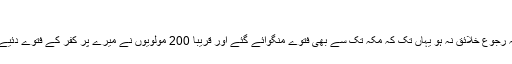
صفحہ 238)
آپؑ نے فرمایا کہ’’ہر چند مولویوں کی طرف سے روکیں ہوئیں اور انہوں نے ناخنوں تک زور لگایا کہ رجوع خلائق نہ ہو یہاں تک کہ مکہ تک سے بھی فتوے منگوائے گئے اور قریباً 200 مولویوں نے میرے پر کفر کے فتوے دئیے بلکہ واجب القتل ہونے کے بھی فتوے شائع کئے گئے لیکن وہ اپنی تمام کوششوں میں نامرادرہے …۔